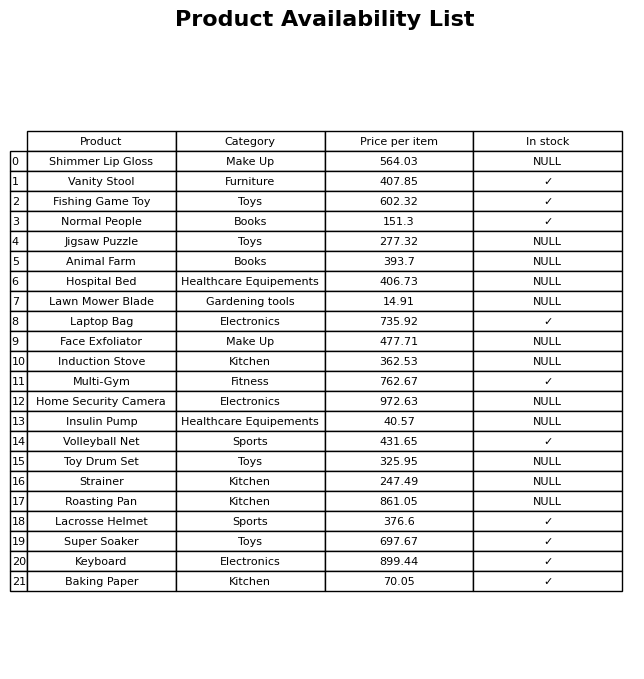
question: What is the price of the Vanity Stool?
answer: The price of Vanity Stool is 407.85.